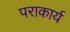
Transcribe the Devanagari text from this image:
पराकार्य